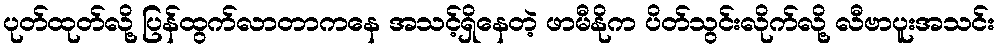
ပုတ်ထုတ်လို့ ပြန်ထွက်လာတာကနေ အသင့်ရှိနေတဲ့ ဖာမီနိုက ပိတ်သွင်းလိုက်လို့ လီဗာပူးအသင်း